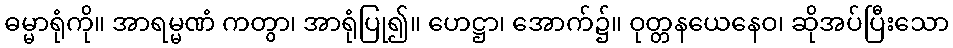
ဓမ္မာရုံကို။ အာရမ္မဏံ ကတွာ၊ အာရုံပြု၍။ ဟေဋ္ဌာ၊ အောက်၌။ ဝုတ္တနယေနေဝ၊ ဆိုအပ်ပြီးသော